Medical and sanitary report of the native army of Bengal for the year
Year: 1876
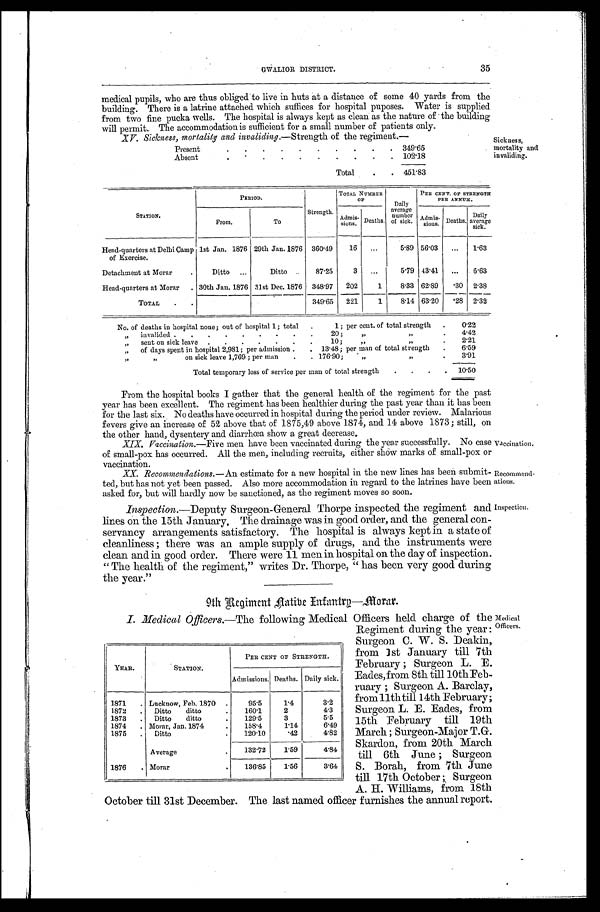
Recommend-
ations.
Inspection.
GWALIOR DISTRICT.
35
medical pupils, who are thus obliged to live in huts at a distance of some 40 yards from the
building. There is a latrine attached which suffices for hospital puposes. Water is supplied
from two fine pucka wells. The hospital is always kept as clean as the nature of the building
will permit. The accommodation is sufficient for a small number of patients only.
Present
.
.
.
.
.
.
. 349.65
Absent.
.
.
.
.
.
.
. 102.18
Total
.
. 451.83
XV. Sickness, mortality and invaliding .—Strength of the regiment.—
Sickness,
mortality and
invaliding.
STATION.
PERIOD.
Strength.
TOTAL NUMBER
OF
Daily
average
number
of sick.
PER CENT. OF STRENGTH
PER ANNUM.
From.
To
Admis-
sions. Deaths.
Admis-
sions. Deaths.
Daily
average sick.
Head-quarters at Delhi Camp
of Exercise.
1st Jan. 1876 29th Jan. 1876 360.49
16
...
5.89 56.03 ...
1.63
Detachment at Morar
Ditto ...
Ditto ...
87.25
3 ...
5.79 43.41 ...
6.63
Head-quarters at Morar
30th Jan. 1876 31st Dec. 1876 348.97 202
1
8.33 62.89 .30 2.38
TOTAL
.
.
349.65 221
1
8.14 63.20 .28 2.32
No. of deaths in hospital none; out of hospital 1; total
. 1; per cent. of total strength.
0.22
„ invalided .
.
.
.
.
.
.
.
.
20 ;
„
” .
4.42
„ sent on sick leave .
.
.
.
.
.
.
10 ;
„
„
.
2.21
„ of days spent in hospital 2,981; per admission .
. 13.48; per man of total strength
.
6.59
”
„
on sick leave 1,769 ; per man
.
. 176.90; „ ”
3.91
Total temporary loss of service per man of total strength
. . . .
10.50
From the hospital books I gather that the general health of the regiment for the past
year has been excellent. The regiment has been healthier during the past year than it has been
for the last six. No deaths have occurred in hospital during the period under review. Malarious
fevers give an increase of 52 above that of 1875,49 above 1874, and 14 above 1873; still, on
the other hand, dysentery and diarrhœa show a great decrease.
XIX. Vaccination.—Five men have been vaccinated during the year successfully. No case
of small-pox has occurred. All the men, including recruits, either show marks of small-pox or
vaccination.
XX.Recommendations.—An estimate for a new hospital in the new lines has been submit-
ted, but has not yet been passed. Also more accommodation in regard to the latrines have been
asked for, but will hardly now be sanctioned, as the regiment moves so soon.
Inspection.—Deputy Surgeon-General Thorpe inspected the regiment and
lines on the 15th January. The drainage was in good order, and the general con-
servancy arrangements satisfactory. The hospital is always kept in a state of
cleanliness ; there was an ample supply of drugs, and the instruments were
clean and in good order. There were 11 men in hospital on the day of inspection.
“The health of the regiment,” writes Dr. Thorpe, “has been very good during
the year.”
9th Regiment Native Infantry—Morar.
Vaccination.
I. Medical Officers.—The following Medical Officers held charge of the Medical
Regiment during the year : Officers.
Surgeon C. W. S. Deakin,
from 1st January till 7th
February ; Surgeon L. E.
Eades, from 8th till 10th Feb-
ruary ; Surgeon A. Barclay,
from llth till 14th February;
Surgeon L. E. Eades, from
15th February till 19th
March ; Surgeon-Major T.G.
Skardon, from 20th March
till 6th June ; Surgeon
S. Borah, from 7th June
till 17th October ; Surgeon
A. H. Williams, from 18th
October till 31st December. The last named officer furnishes the annual report.
YEAR.
STATION.
PER CENT OF STRENGTH.
Admissions. Deaths. Daily sick.
1871
. Lucknow, Feb. 1870 .
95.5
1.4
3.2
1872
. Ditto
ditto
.
160.1
2
4.3
1873
. Ditto
ditto
.
129.5
3
5.5
1874
. Morar, Jan. 1874
.
158.4
1.14
6.49
1875
. Ditto
.
120.10
.42
4.82
Average
.
132.72
1.59
4.84
1876
. Morar
.
136.85
1.56
3.64